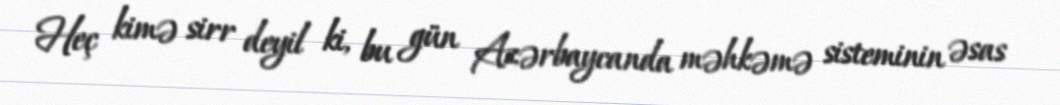
Heç kimə sirr deyil ki, bu gün Azərbaycanda məhkəmə sisteminin əsas